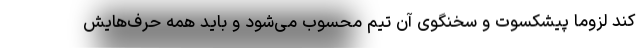
کند لزوماً پیشکسوت و سخنگوی آن تیم محسوب می‌شود و باید همه حرف‌هایش